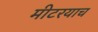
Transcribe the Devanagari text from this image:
मीटरयाच